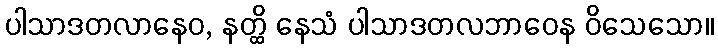
ပါသာဒတလာနေဝ, နတ္ထိ နေသံ ပါသာဒတလဘာဝေန ဝိသေသော။